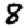
Digit: 8